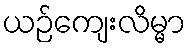
ယဉ်ကျေးလိမ္မာ